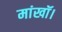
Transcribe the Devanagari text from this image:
मांखॉ।